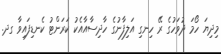
މިދިޔަ ހޯމަ ދުވަހުގެ ރޭ ހިނގި އަލިފާނުގެ ހާދިސާއާއެކު ކަރަންޓު ކެނޑިފައިވާ ގދ.